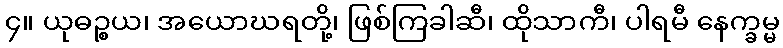
၄။ ယုဓဉ္စယ၊ အယောဃရတို့၊ ဖြစ်ကြခါဆီ၊ ထိုသာကီ၊ ပါရမီ နေက္ခမ္မ